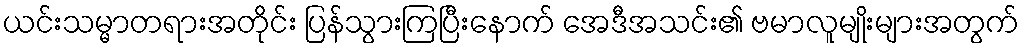
ယင်းသမ္မာတရားအတိုင်း ပြန်သွားကြပြီးနောက် အေဒီအသင်း၏ ဗမာလူမျိုးများအတွက်